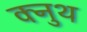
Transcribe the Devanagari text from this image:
क्नुथ